Indian journal of veterinary science and animal husbandry - Volume 5,
Year: 1935
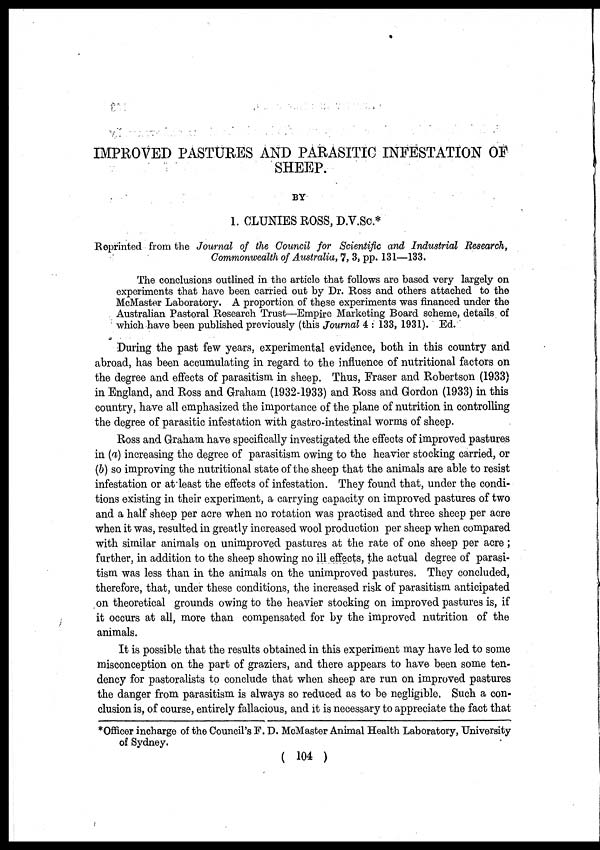
IMPROVED PASTURES AND PARASITIC INFESTATION OF
SHEEP.
BY
1. CLUNIES ROSS, D.V.Sc. *
Reprinted from the Journal of the Council for Scientific and Industrial Research,
Commonwealth of Australia, 7, 3, pp. 131—133.
The conclusions outlined in the article that follows are based very largely on
experiments that have been carried out by Dr. Ross and others attached to the
McMaster Laboratory. A proportion of these experiments was financed under the
Australian Pastoral Research Trust—Empire Marketing Board scheme, details of
which have been published previously (this Journal 4 : 133, 1931). Ed.
During the past few years, experimental evidence, both in this country and
abroad, has been accumulating in regard to the influence of nutritional factors on
the degree and effects of parasitism in sheep. Thus, Fraser and Robertson (1933)
in England, and Ross and Graham (1932-1933) and Ross and Gordon (1933) in this
country, have all emphasized the importance of the plane of nutrition in controlling
the degree of parasitic infestation with gastro-intestinal worms of sheep.
Ross and Graham have specifically investigated the effects of improved pastures
in (a) increasing the degree of parasitism owing to the heavier stocking carried, or
(b) so improving the nutritional state of the sheep that the animals are able to resist
infestation or at least the effects of infestation. They found that, under the condi-
tions existing in their experiment, a carrying capacity on improved pastures of two
and a half sheep per acre when no rotation was practised and three sheep per acre
when it was, resulted in greatly increased wool production per sheep when compared
with similar animals on unimproved pastures at the rate of one sheep per acre ;
further, in addition to the sheep showing no ill effects, the actual degree of parasi-
tism was less than in the animals on the unimproved pastures. They concluded,
therefore, that, under these conditions, the increased risk of parasitism anticipated
on theoretical grounds owing to the heavier stocking on improved pastures is, if
it occurs at all, more than compensated for by the improved nutrition of the
animals.
It is possible that the results obtained in this experiment may have led to some
misconception on the part of graziers, and there appears to have been some ten-
dency for pastoralists to conclude that when sheep are run on improved pastures
the danger from parasitism is always so reduced as to be negligible. Such a con-
clusion is, of course, entirely fallacious, and it is necessary to appreciate the fact that
*Officer incharge of the Council's F. D. McMaster Animal Health Laboratory, University
of Sydney.
( 104 )